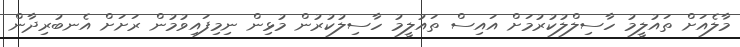
މާލެއަށް ތައުލީމު ހާސިލްލުކުރުމަށް އައިސް ތައުލީމު ހާސިލުކުރުން މުޅިން ނިމިފައިވުމުން ރަށަށް އެނބުރިދާން